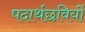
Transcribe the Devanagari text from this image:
पदार्थछवियों